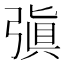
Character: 㣀